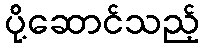
ပို့ဆောင်သည့်